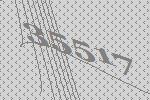
35517